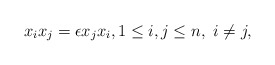
\begin{align*} x_i x_j = \epsilon x_j x_i, 1\leq i,j \leq n, \ i \neq j,\end{align*}